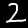
Label: 2